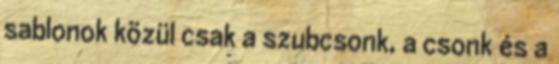
sablonok közül csak a szubcsonk, a csonk és a